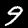
Label: 9